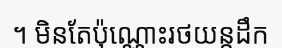
។ មិនតែប៉ុណ្ណោះរថយន្តដឹក